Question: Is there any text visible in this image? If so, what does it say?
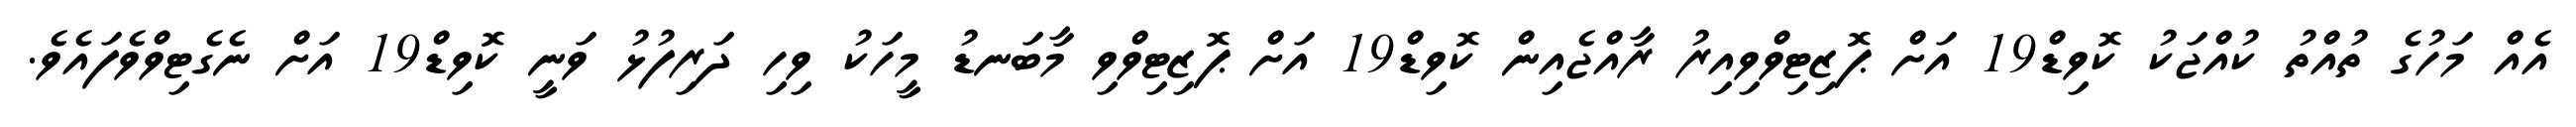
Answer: އެއް މަހުގެ ތުއްތު ކުއްޖަކު ކޮވިޑް19 އަށް ޕޮޒިޓިވްވިއިރު ރާއްޖެއިން ކޮވިޑް19 އަށް ޕޮޒިޓިވްވި މާބަނޑު މީހަކު ވިހި ދަރިފުޅު ވަނީ ކޮވިޑް19 އަށް ނެގެޓިވްވެފައެވެ.